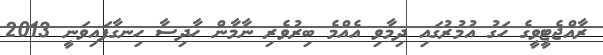
ރާއްޖެޓީވީގެ ހަގު އުމުރުގައި ދިމާވި އެއްމެ ބިރުވެރި ނާމާން ހާދިސާ ހިނގާފައިވަނީ 2013